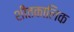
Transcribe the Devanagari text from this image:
शीतकालिक